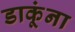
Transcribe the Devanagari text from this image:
डाकूंना